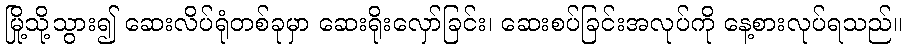
မြို့သို့သွား၍ ဆေးလိပ်ရုံတစ်ခုမှာ ဆေးရိုးလှော်ခြင်း၊ ဆေးစပ်ခြင်းအလုပ်ကို နေ့စားလုပ်ရသည်။